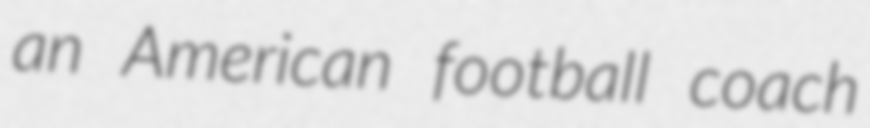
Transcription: an American football coach